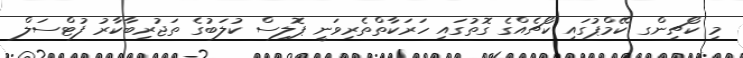
މި ކޯޗިންގ ކޭމްޕުގައި ކޯޗެއްގެ ގޮތުގައި ހަރަކާތްތެރިވަނީ ޕޮލިސް ކުލަބުގެ ތަޖުރިބާކާރު ފުޓްސަލް